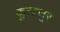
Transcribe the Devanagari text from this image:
कुऩ्ऱत्तूर